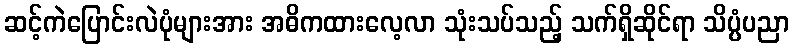
ဆင့်ကဲပြောင်းလဲပုံများအား အဓိကထားလေ့လာ သုံးသပ်သည့် သက်ရှိဆိုင်ရာ သိပ္ပံပညာ